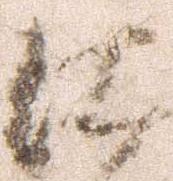
仕